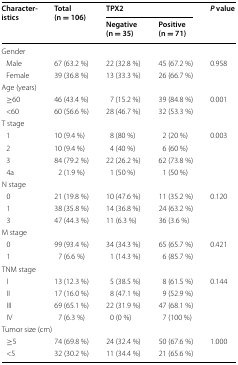
<table><thead><tr><td rowspan="2"><b>Characteristics</b></td><td rowspan="2"><b>Total (n = 106)</b></td><td colspan="2"><b>TPX2</b></td><td rowspan="2"><b><i>P</i> value</b></td></tr><tr><td><b>Negative (n = 35)</b></td><td><b>Positive (n = 71)</b></td></tr></thead><tbody><tr><td colspan="5">Gender</td></tr><tr><td> Male</td><td>67 (63.2 %)</td><td>22 (32.8 %)</td><td>45 (67.2 %)</td><td rowspan="2">0.958</td></tr><tr><td> Female</td><td>39 (36.8 %)</td><td>13 (33.3 %)</td><td>26 (66.7 %)</td></tr><tr><td colspan="5">Age (years)</td></tr><tr><td> ≥60</td><td>46 (43.4 %)</td><td>7 (15.2 %)</td><td>39 (84.8 %)</td><td rowspan="2">0.001</td></tr><tr><td> &lt;60</td><td>60 (56.6 %)</td><td>28 (46.7 %)</td><td>32 (53.3 %)</td></tr><tr><td colspan="5">T stage</td></tr><tr><td> 1</td><td>10 (9.4 %)</td><td>8 (80 %)</td><td>2 (20 %)</td><td rowspan="4">0.003</td></tr><tr><td> 2</td><td>10 (9.4 %)</td><td>4 (40 %)</td><td>6 (60 %)</td></tr><tr><td> 3</td><td>84 (79.2 %)</td><td>22 (26.2 %)</td><td>62 (73.8 %)</td></tr><tr><td> 4a</td><td>2 (1.9 %)</td><td>1 (50 %)</td><td>1 (50 %)</td></tr><tr><td colspan="5">N stage</td></tr><tr><td> 0</td><td>21 (19.8 %)</td><td>10 (47.6 %)</td><td>11 (35.2 %)</td><td rowspan="3">0.120</td></tr><tr><td> 1</td><td>38 (35.8 %)</td><td>14 (36.8 %)</td><td>24 (63.2 %)</td></tr><tr><td> 3</td><td>47 (44.3 %)</td><td>11 (6.3 %)</td><td>36 (3.6 %)</td></tr><tr><td colspan="5">M stage</td></tr><tr><td> 0</td><td>99 (93.4 %)</td><td>34 (34.3 %)</td><td>65 (65.7 %)</td><td rowspan="2">0.421</td></tr><tr><td> 1</td><td>7 (6.6 %)</td><td>1 (14.3 %)</td><td>6 (85.7 %)</td></tr><tr><td colspan="5">TNM stage</td></tr><tr><td> I</td><td>13 (12.3 %)</td><td>5 (38.5 %)</td><td>8 (61.5 %)</td><td rowspan="4">0.144</td></tr><tr><td> II</td><td>17 (16.0 %)</td><td>8 (47.1 %)</td><td>9 (52.9 %)</td></tr><tr><td> III</td><td>69 (65.1 %)</td><td>22 (31.9 %)</td><td>47 (68.1 %)</td></tr><tr><td> IV</td><td>7 (6.3 %)</td><td>0 (0 %)</td><td>7 (100 %)</td></tr><tr><td colspan="5">Tumor size (cm)</td></tr><tr><td> ≥5</td><td>74 (69.8 %)</td><td>24 (32.4 %)</td><td>50 (67.6 %)</td><td rowspan="2">1.000</td></tr><tr><td> &lt;5</td><td>32 (30.2 %)</td><td>11 (34.4 %)</td><td>21 (65.6 %)</td></tr></tbody></table>